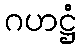
ဂဟဋ္ဌံ